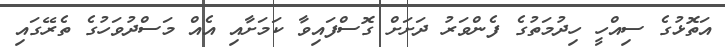
އަތޮޅުގެ ސިއްހީ ހިދުމަތުގެ ފެންވަރު ދަށަށް ގޮސްފައިވާ ކަމަށާއި އެއް މަސްދުވަހުގެ ތެރޭގައި